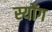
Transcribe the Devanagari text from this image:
स्योंग